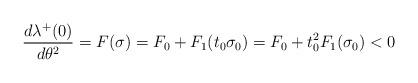
LaTeX: \begin{align*}\frac{d\lambda\sp+(0)}{d\theta\sp2}=F(\sigma)=F_0+F_1(t_0\sigma_0)=F_0+t_0\sp2F_1(\sigma_0)<0\end{align*}